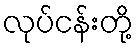
လုပ်ငန်းတို့